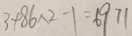
3 + 8 6 \times 2 - 1 = 6 9 7 1